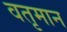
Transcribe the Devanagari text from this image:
वतृमान